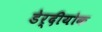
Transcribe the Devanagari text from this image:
डेर्दीयोक